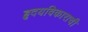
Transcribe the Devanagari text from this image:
हृदयविकाराची